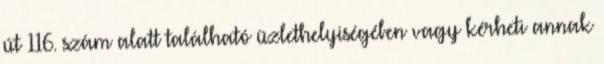
út 116. szám alatt található üzlethelyiségében vagy kérheti annak